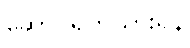
ဆောင်ရွက်သွားရန်